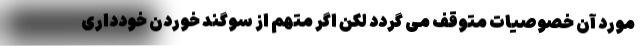
مورد آن خصوصیات متوقف می گردد لکن اگر متهم از سوگند خوردن خودداری